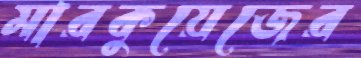
মারকুয়েজের